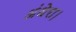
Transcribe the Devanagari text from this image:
अंधेरा।